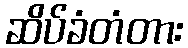
ဆိပ်ခံတံတား